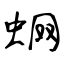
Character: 蛧